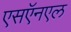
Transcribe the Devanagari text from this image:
एसऍनएल